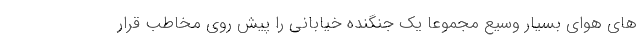
های هوای بسیار وسیع مجموعا یک جنگنده خیابانی را پیش روی مخاطب قرار